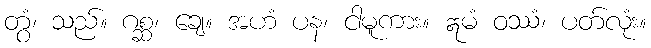
တွံ၊ သည်။ ဂစ္ဆ၊ ချေ။ အဟံ ပန၊ ငါမူကား။ ဣမံ ဝဿံ၊ ပတ်လုံး။